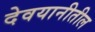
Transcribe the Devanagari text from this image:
देवयानीतील